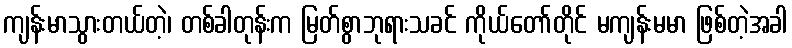
ကျန်းမာသွားတယ်တဲ့၊ တစ်ခါတုန်းက မြတ်စွာဘုရားသခင် ကိုယ်တော်တိုင် မကျန်းမမာ ဖြစ်တဲ့အခါ